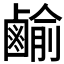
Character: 𪉰